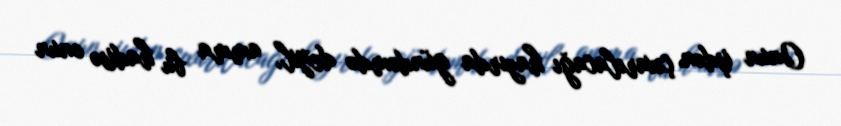
Onun işdən çıxarılacağı hazırda gündəmdə deyil, amma bu hadisə onun